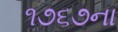
૧૭૬૭ના